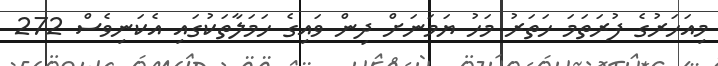
މިއަހަރުގެ ފުރަތަމަ ހަތަރު މަހު ޔަމަނަށް ދިން ވައިގެ ހަމަލާތަކުގައި އެކަނިވެސް 272